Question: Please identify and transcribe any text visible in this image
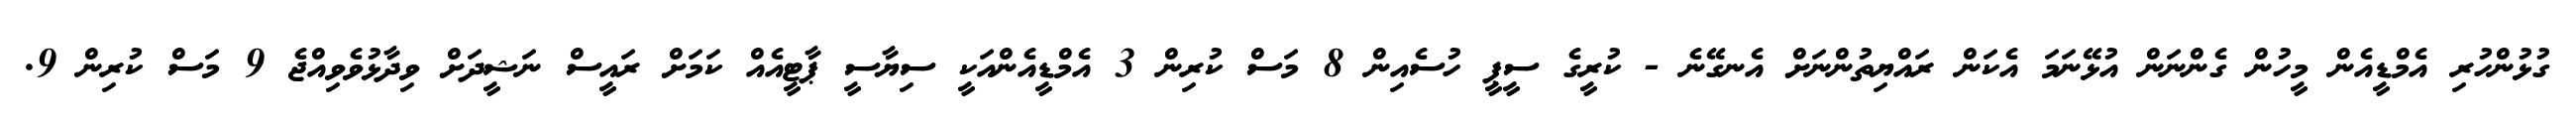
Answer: ގުޅުންހުރި އެމްޑީއެން މީހުން ގެންނަން އުޅޭނަމަ އެކަން ރައްޔިތުންނަށް އެނގޭނެ - ކުރީގެ ސީޕީ ހުސެއިން 8 މަސް ކުރިން 3 އެމްޑީއެންއަކީ ސިޔާސީ ޕާޓީއެއް ކަމަށް ރައީސް ނަޝީދަށް ވިދާޅުވެވިއްޖެ 9 މަސް ކުރިން 9.